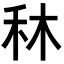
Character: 𥝰